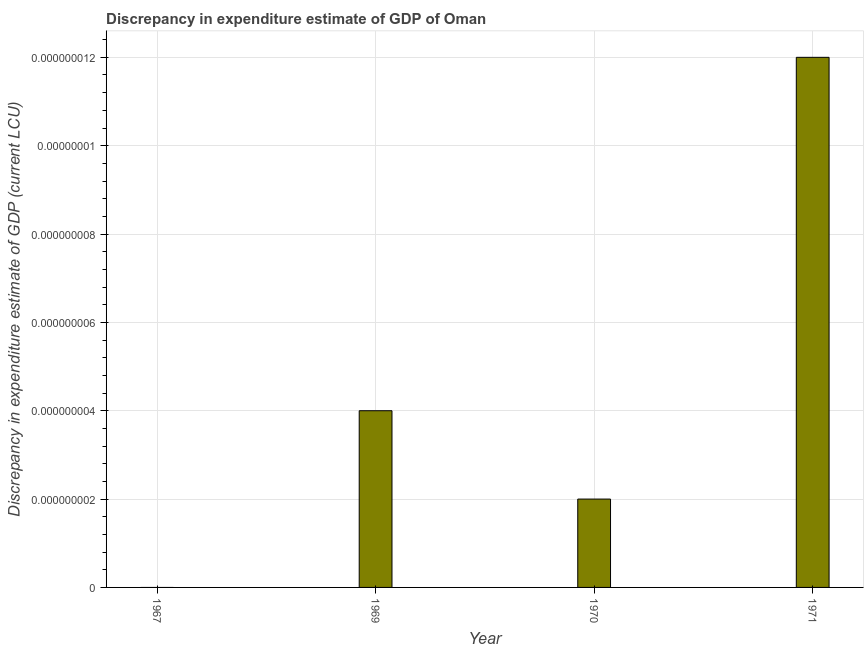
| Year | Discrepancy current LCU |
 | --- | --- |
 | 1967 | -1.29e-08 |
 | 1969 | 4e-09 |
 | 1970 | 2e-09 |
 | 1971 | 1.2e-08 |